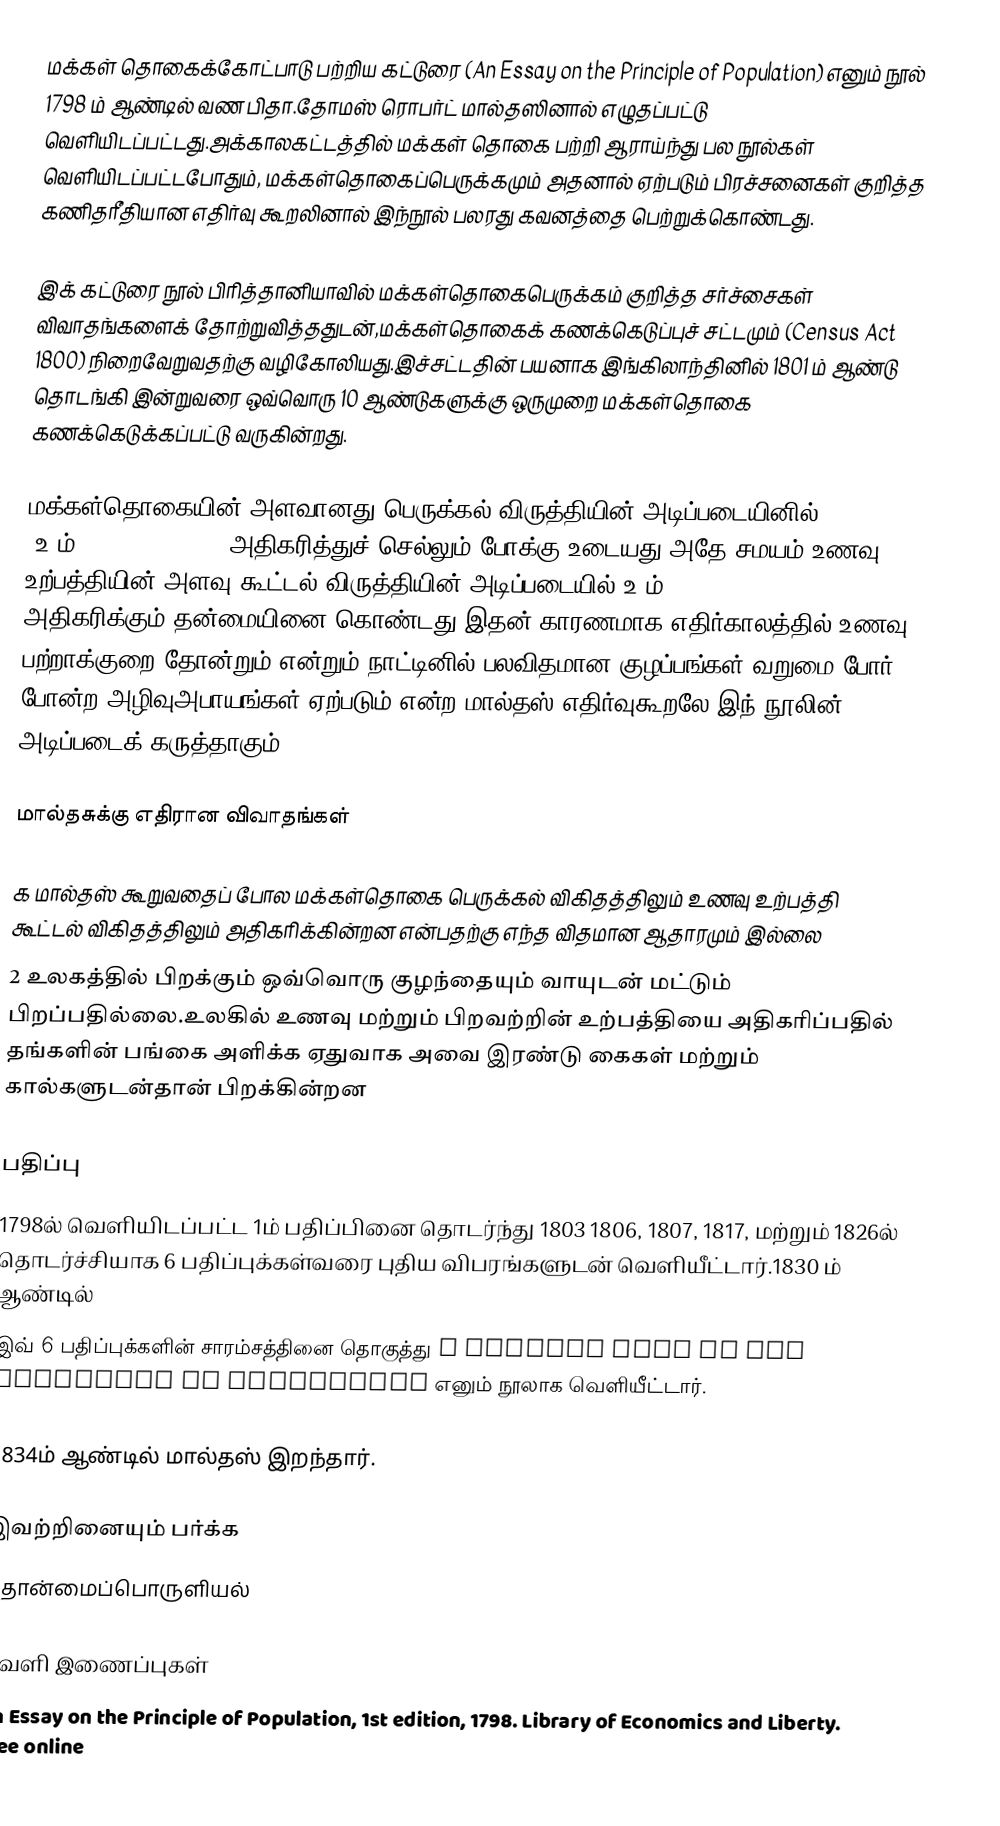
மக்கள் தொகைக்கோட்பாடு பற்றிய கட்டுரை (An Essay on the Principle of Population) எனும் நூல் 1798 ம் ஆண்டில் வண பிதா.தோமஸ் ரொபர்ட் மால்தஸினால் எழுதப்பட்டு வெளியிடப்பட்டது.அக்காலகட்டத்தில் மக்கள் தொகை பற்றி ஆராய்ந்து பல நூல்கள் வெளியிடப்பட்டபோதும், மக்கள்தொகைப்பெருக்கமும் அதனால் ஏற்படும் பிரச்சனைகள் குறித்த கணிதரீதியான எதிர்வு கூறலினால் இந்நூல் பலரது கவனத்தை பெற்றுக்கொண்டது.

இக் கட்டுரை நூல் பிரித்தானியாவில் மக்கள்தொகைபெருக்கம் குறித்த சர்ச்சைகள் விவாதங்களைக் தோற்றுவித்ததுடன்,மக்கள்தொகைக் கணக்கெடுப்புச் சட்டமும் (Census Act 1800) நிறைவேறுவதற்கு வழிகோலியது.இச்சட்டதின் பயனாக இங்கிலாந்தினில் 1801 ம் ஆண்டு தொடங்கி இன்றுவரை ஒவ்வொரு 10 ஆண்டுகளுக்கு ஒருமுறை மக்கள்தொகை கணக்கெடுக்கப்பட்டு வருகின்றது.

மக்கள்தொகையின் அளவானது பெருக்கல் விருத்தியின் அடிப்படையினில் (உ+ம்:2,4,8,16,32,64) அதிகரித்துச் செல்லும் போக்கு உடையது அதே சமயம் உணவு உற்பத்தியின் அளவு கூட்டல் விருத்தியின் அடிப்படையில்(உ+ம்:1,2,3,4,5,6) அதிகரிக்கும் தன்மையினை கொண்டது இதன் காரணமாக எதிர்காலத்தில் உணவு பற்றாக்குறை தோன்றும் என்றும் நாட்டினில் பலவிதமான குழப்பங்கள்,வறுமை,போர் போன்ற அழிவுஅபாயங்கள் ஏற்படும் என்ற மால்தஸ் எதிர்வுகூறலே இந் நூலின் அடிப்படைக் கருத்தாகும்.

மால்தசுக்கு எதிரான விவாதங்கள்

௧ மால்தஸ் கூறுவதைப் போல மக்கள்தொகை பெருக்கல் விகிதத்திலும் உணவு உற்பத்தி கூட்டல் விகிதத்திலும் அதிகரிக்கின்றன என்பதற்கு எந்த விதமான ஆதாரமும் இல்லை
2 உலகத்தில் பிறக்கும் ஒவ்வொரு குழந்தையும் வாயுடன் மட்டும் பிறப்பதில்லை.உலகில் உணவு மற்றும் பிறவற்றின் உற்பத்தியை அதிகரிப்பதில் தங்களின் பங்கை அளிக்க ஏதுவாக அவை இரண்டு கைகள் மற்றும் கால்களுடன்தான் பிறக்கின்றன

பதிப்பு
1798ல் வெளியிடப்பட்ட 1ம் பதிப்பினை தொடர்ந்து 1803 1806, 1807, 1817, மற்றும் 1826ல் தொடர்ச்சியாக 6 பதிப்புக்கள்வரை புதிய விபரங்களுடன் வெளியீட்டார்.1830 ம் ஆண்டில்
இவ் 6 பதிப்புக்களின் சாரம்சத்தினை தொகுத்து A Summary View on the Principle of Population எனும் நூலாக வெளியீட்டார்.

1834ம் ஆண்டில் மால்தஸ் இறந்தார்.

இவற்றினையும் பர்க்க
தொன்மைப்பொருளியல்

வெளி இணைப்புகள்
 An Essay on the Principle of Population, 1st edition, 1798. Library of Economics and Liberty. Free online